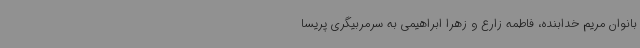
بانوان مریم خدابنده، فاطمه زارع و زهرا ابراهیمی به سرمربیگری پریسا